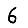
Digit: 6